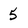
Character: 5